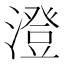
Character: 澄